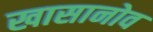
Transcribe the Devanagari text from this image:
खासानोव